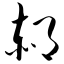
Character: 郝